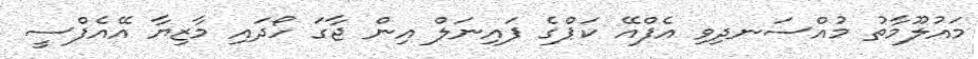
މައުލޫމާތު މުއްސަނދިވި އެފްއޭ ކަޕްގެ ފައިނަލް އިން ޖާގަ ހޯދައި މާޒިޔާ އޭއެފްސީ